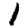
Digit: 1